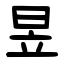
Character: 昱